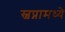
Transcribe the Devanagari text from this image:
स्वप्नामध्ये